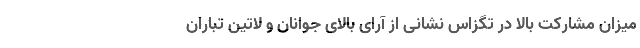
میزان مشارکت بالا در تگزاس نشانی از آرای بالای جوانان و لاتین تباران